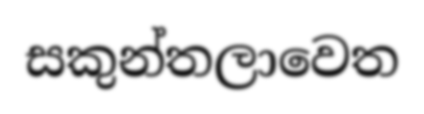
සකුන්තලාවෙත